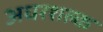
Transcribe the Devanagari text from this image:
अधरशल्क